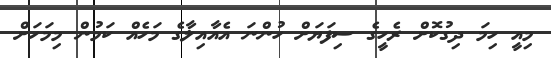
މިއީ ހިމަ ދިގުކޮށް ރެހީގެ ސިފަޔަށް ހުންނަ އެއާއިލާގެ މަހެއް ކަމުން މިމަހަށް